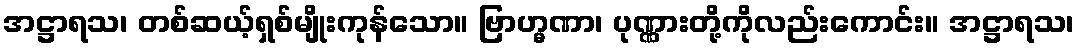
အဋ္ဌာရသ၊ တစ်ဆယ့်ရှစ်မျိုးကုန်သော။ ဗြာဟ္မဏာ၊ ပုဏ္ဏားတို့ကိုလည်းကောင်း။ အဋ္ဌာရသ၊